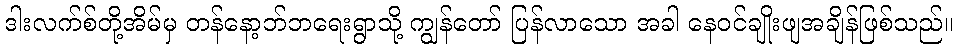
ဒါးလက်စ်တို့အိမ်မှ တန်နော့ဘ်ဘရေးရွာသို့ ကျွန်တော် ပြန်လာသော အခါ နေဝင်ချိုးဖျအချိန်ဖြစ်သည်။